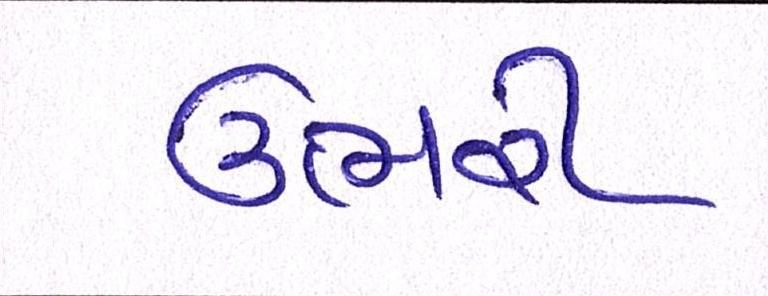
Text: ઉભરી